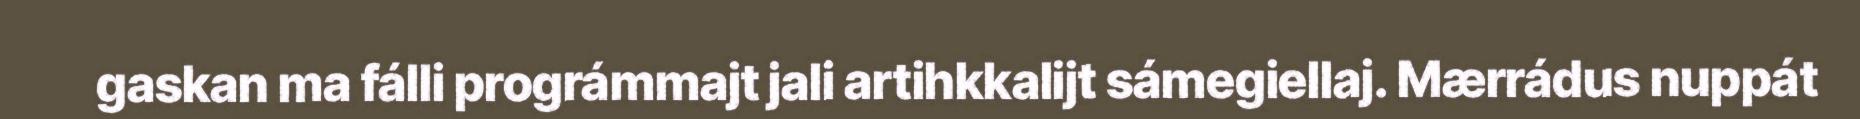
gaskan ma fálli prográmmajt jali artihkkalijt sámegiellaj. Mærrádus nuppát